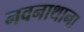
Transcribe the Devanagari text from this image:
नवनाथाना